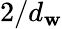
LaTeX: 2/d_{\mathbf{w}}